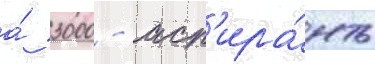
а́ 3000 - асп'ира́нты